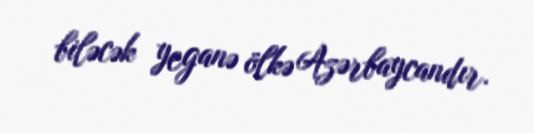
biləcək yeganə ölkə Azərbaycandır.